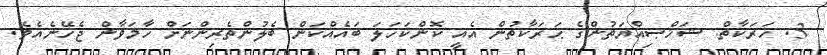
3. ހަރަކާތް: ޝަޚްޞިއްޔަތުންގެ ޙަރަކާތުން އެއީ ކޮންކަހަލަ ބައެއްކަން ބެލުންތެރިންނަށް ހާމަވާން ޖެހޭނެއެވެ.